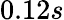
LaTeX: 0.12s